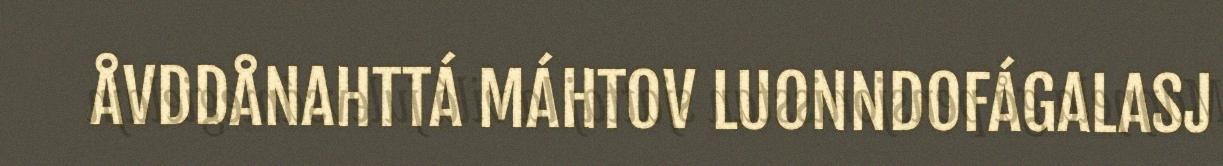
ÅVDDÅNAHTTÁ MÁHTOV LUONNDOFÁGALASJ